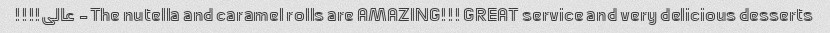
The nutella and caramel rolls are AMAZING!!! GREAT service and very delicious desserts- عالى!!!!